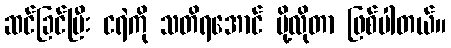
ဆင်ခြင်ပြီး ငရဲကို သတိရအောင် ပို့လိုတာ ဖြစ်ပါတယ်။